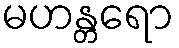
မဟန္တရော